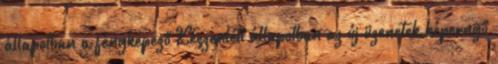
állapotban a fényképező Készenléti állapotban az új üzenetek képernyő